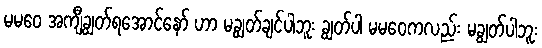
မမဝေ အကျီချွတ်ရအောင်နော် ဟာ မချွတ်ချင်ပါဘူး ချွတ်ပါ မမဝေကလည်း မချွတ်ပါဘူး